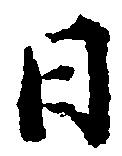
日